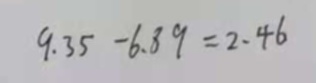
9 . 3 5 - 6 . 8 9 = 2 . 4 6